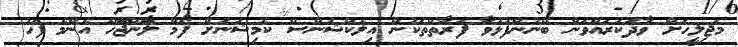
މަޖިލީހަށް ވާދަކުރައްވަން ބޭނުންފުޅުވާ ފަރާތްތަކުން އިލެކްޝަންސް ކޮމިޝަނަށް ފޯމް ލާންޖެހޭ އެންމެ ފަހު